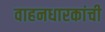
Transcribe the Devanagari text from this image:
वाहनधारकांची